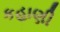
કહાણી